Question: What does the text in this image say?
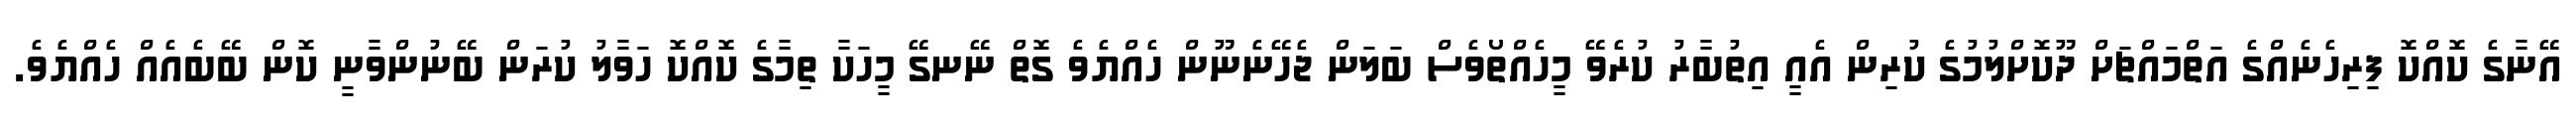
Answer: އޭނާގެ ކޮއްކޮ ފިރިހެނެއްގެ އަތްމައްޗަށް ދޫކޮށްލުމުގެ ކުރިން އެއީ އިތުބާރު ކުރެވޭ މީހެއްތޯވެސް ބަލަން ޖެހޭނެނޫން ހެއްޔެވެ ގޮތް ނޭނގޭ މީހަކާ ތިމާގެ ކޮއްކޮ ހަވާލު ކުރަން ބޭނުންވާނީ ކޮން ބޭބެއެއް ހެއްޔެވެ.